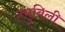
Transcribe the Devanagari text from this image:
ज्य़ुबिली